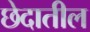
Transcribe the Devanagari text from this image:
छेदातील